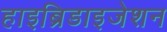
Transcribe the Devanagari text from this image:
हाइब्रिडाइजेशन